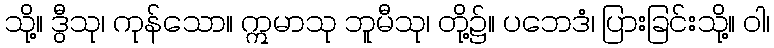
သို့။ ဒွီသု၊ ကုန်သော။ ဣမာသု ဘူမီသု၊ တို့၌။ ပဘေဒံ၊ ပြားခြင်းသို့။ ဝါ၊